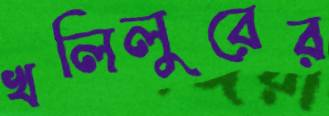
খলিলুরের